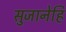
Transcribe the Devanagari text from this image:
सुजानेहि